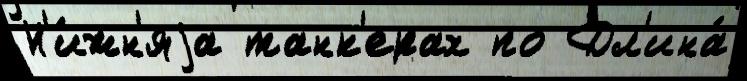
Н'и́жн'яjа танк'ерах по Дл'ина́